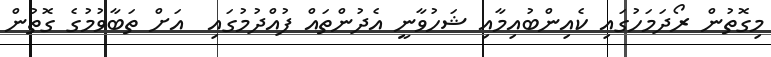
މިގޮތުން ރޯދަމަހުގައި ކެއިންބުއިމާއި ޝަހުވާނީ އެދުންތައް ފުއްދުމުގައި  އަށް ތަބާވުމުގެ ގޮތުން